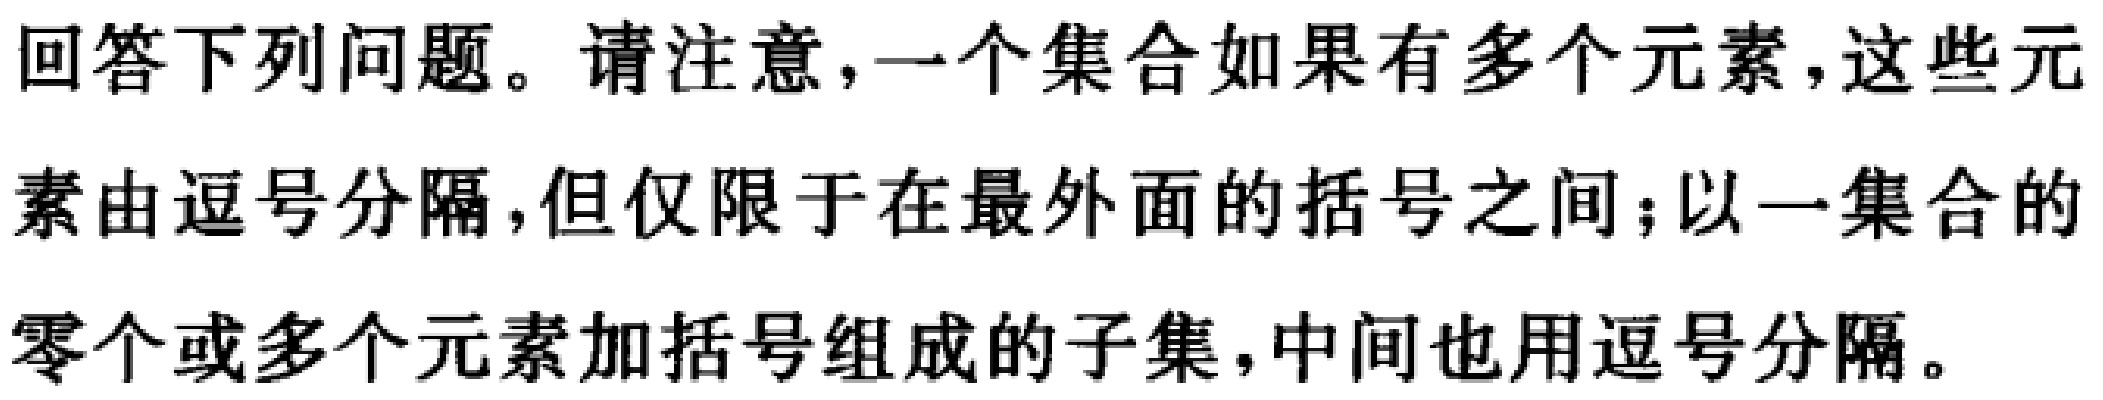
回答下列问题。请注意，一个集合如果有多个元素，这些元素由逗号分隔，但仅限于在最外面的括号之间；以一集合的零个或多个元素加括号组成的子集，中间也用逗号分隔。